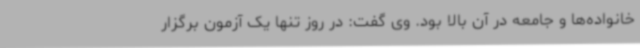
خانواده‌ها و جامعه در آن بالا بود. وی گفت: در روز تنها یک آزمون برگزار